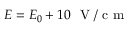
E = E _ { 0 } + 1 0 ~ \mathrm { ~ V ~ / ~ c ~ m ~ }